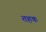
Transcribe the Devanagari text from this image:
तहक